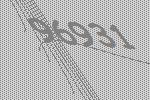
96931